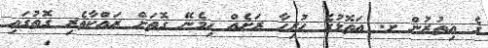
ގެ އިތުރުން ށ. އަތޮޅުގެ ހުރިހާ ރަށެއް ހިމެނޭ ގޮތަށް ރައްކާތެރި ގޮތުގައި